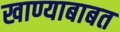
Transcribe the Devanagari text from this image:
खाण्याबाबत